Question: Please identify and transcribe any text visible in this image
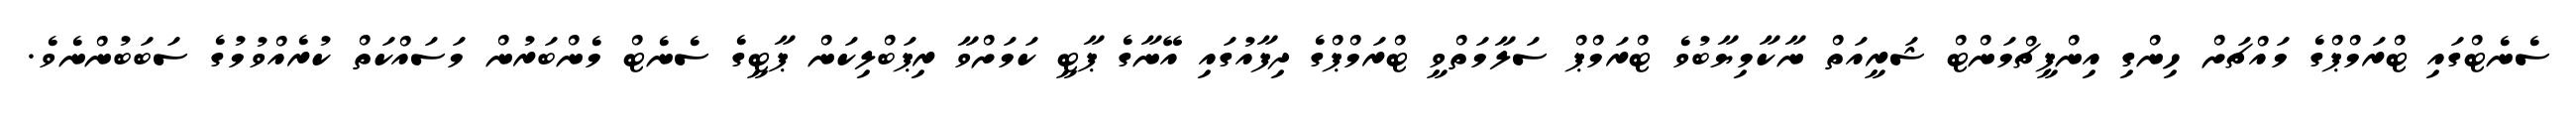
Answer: ސެނެޓްގައި ޓްރަމްޕްގެ މައްޗަށް ހިންގި އިންޕީޗްމަންޓް ޝަރީއަތް ނާކާމިޔާބުވެ ޓްރަމްޕް ސަލާމަތްވީ ޓްރަމްޕްގެ ދިފާއުގައި އޭނާގެ ޕާޓީ ކަމަށްވާ ރިޕަބްލިކަން ޕާޓީގެ ސެނެޓް މެންބަރުން މަސައްކަތް ކުރެއްވުމުގެ ސަބަބުންނެވެ.